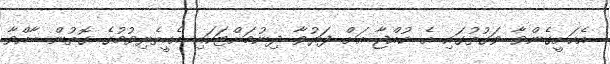
އެކަށީގެންވާ ވަގުތުގައި އެ ކުއްޖާ އަށް ފަރުވާ ދިނުމަށްޓަކައި އެހީތެރިވުމުގެ ގޮތުން ބާއްވާ